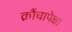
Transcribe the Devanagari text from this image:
क्रौंचापेक्षा